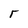
Character: r